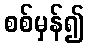
စစ်မှန်၍